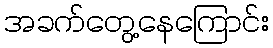
အခက်တွေ့နေကြောင်း